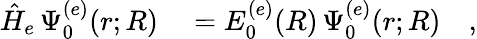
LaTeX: \begin{array}{rl}{\hat{H}_{e}\, \Psi_{0}^{(e)}(r;R)}&{{}=E_{0}^{(e)}(R)\, \Psi_{0}^{(e)}(r;R)\quad,}\end{array}